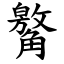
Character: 䚫